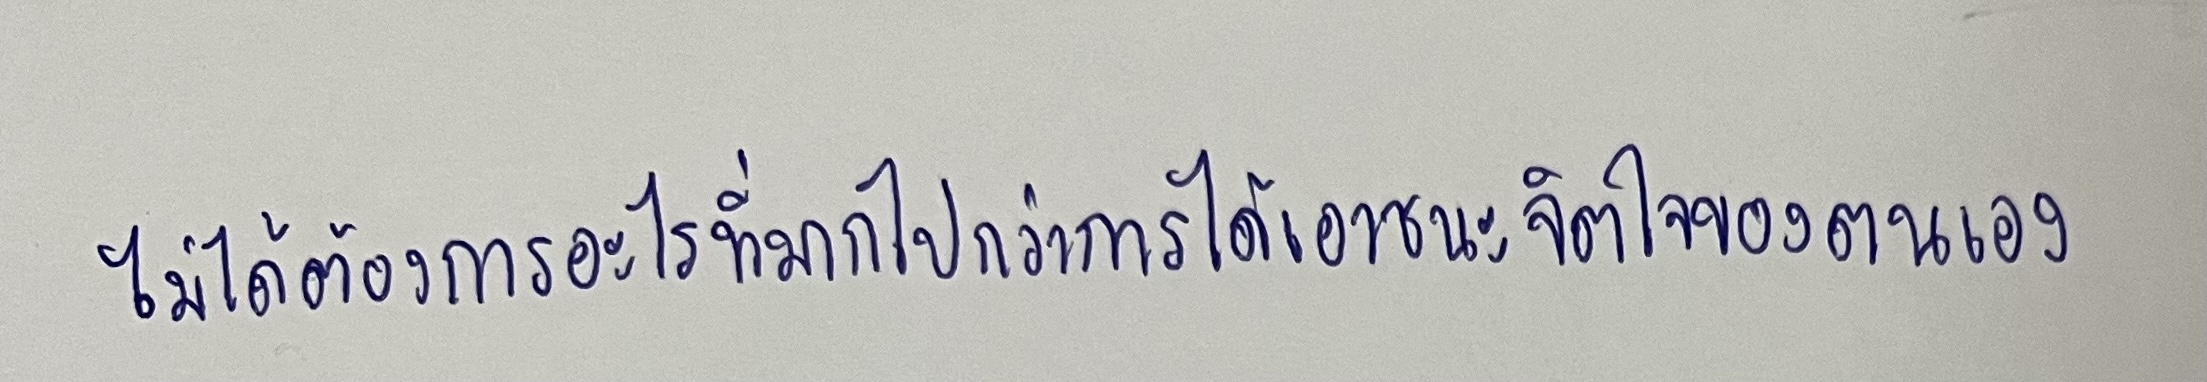
ไม่ได้ต้องการอะไรที่มากไปกว่าการได้เอาชนะจิตใจของตนเอง